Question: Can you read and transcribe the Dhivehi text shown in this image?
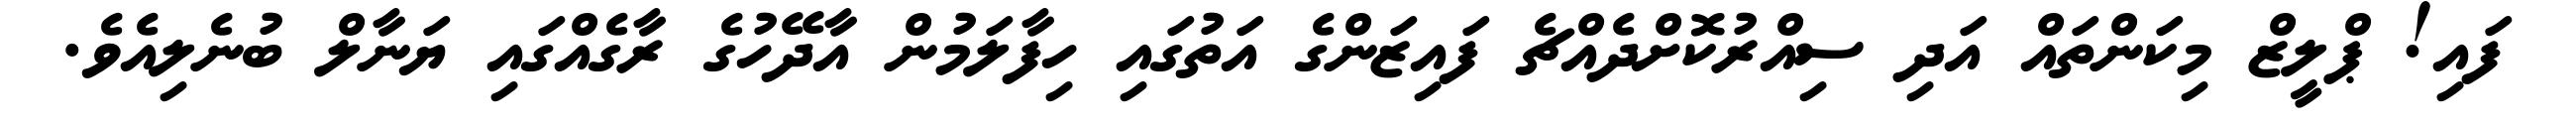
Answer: ފައި! ޕްލީޒް މިކަންތައް އަދި ސިއްރުކޮށްދެއްޗެ ފައިޒަންގެ އަތުގައި ހިފާލަމުން އާދޭހުގެ ރާގެއްގައި ޔަނާލް ބުނެލިއެވެ.